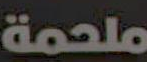
ملحمة